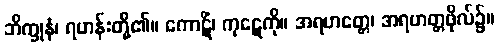
ဘိက္ခုနံ၊ ရဟန်းတို့၏။ ကောဋိံ၊ ကုဋေကို။ အရဟတ္တေ၊ အရဟတ္တဖိုလ်၌။